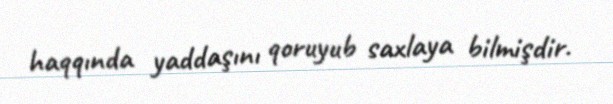
haqqında yaddaşını qoruyub saxlaya bilmişdir.